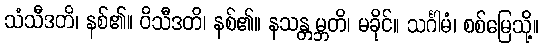
သံသီဒတိ၊ နစ်၏။ ဝိသီဒတိ၊ နစ်၏။ နသန္တမ္ဘတိ၊ မခိုင်။ သင်္ဂါမံ၊ စစ်မြေသို့။